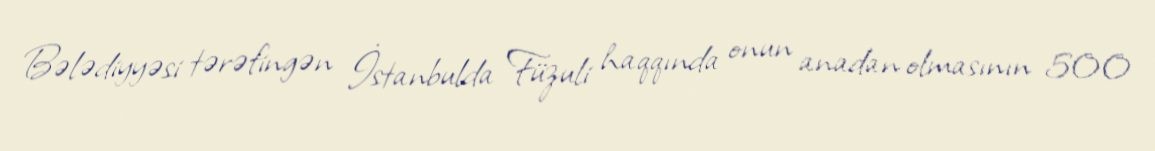
Bələdiyyəsi tərəfingən İstanbulda Füzuli haqqında onun anadan olmasının 500